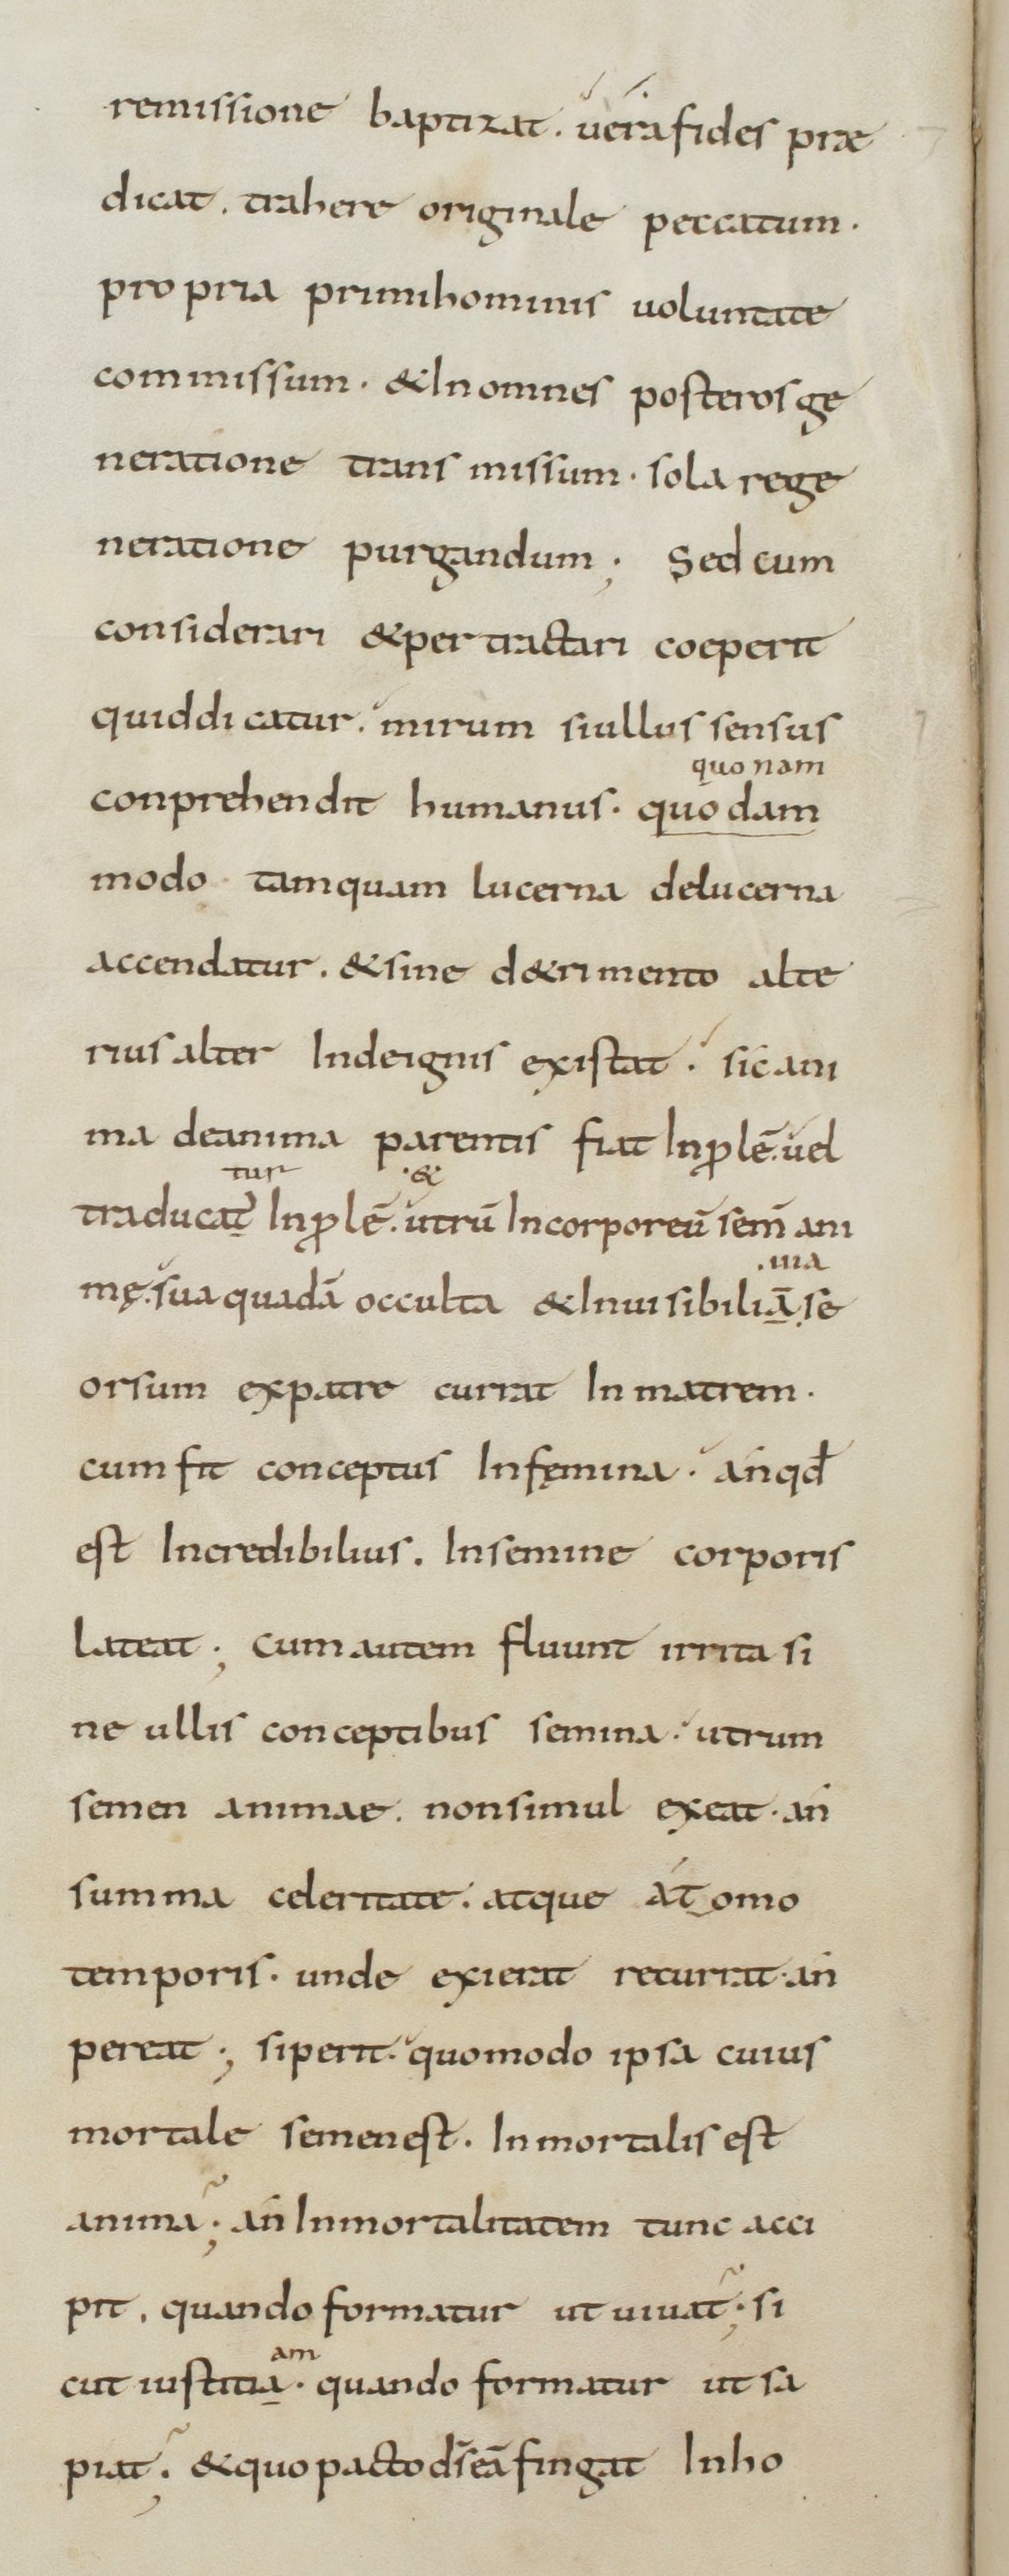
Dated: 800–899